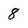
Character: 8